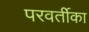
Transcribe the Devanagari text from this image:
परवर्तीका